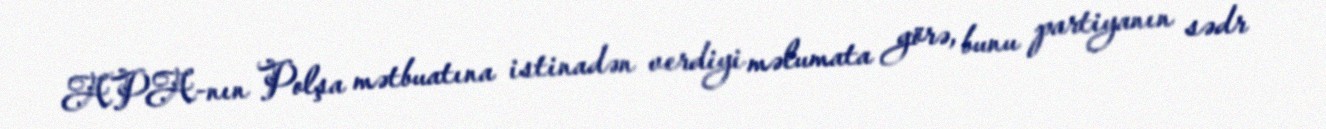
APA-nın Polşa mətbuatına istinadən verdiyi məlumata görə, bunu partiyanın sədr